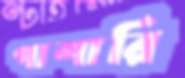
পাশারি